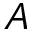
A